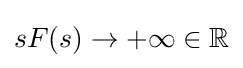
sF(s)\to +\infty \in \mathbb {R}